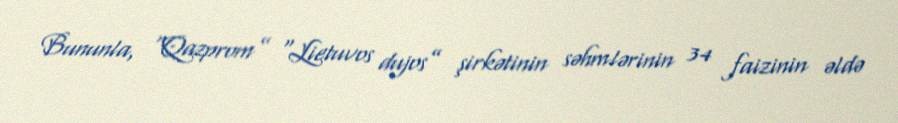
Bununla, “Qazprom” “Lietuvos dujos” şirkətinin səhmlərinin 34 faizinin əldə